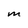
Character: M